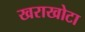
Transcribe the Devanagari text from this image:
खराखोटा